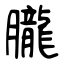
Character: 朧